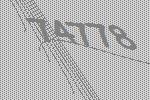
74778